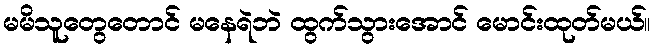
မမိသူတွေတောင် မနေရဲဘဲ ထွက်သွားအောင် မောင်းထုတ်မယ်။